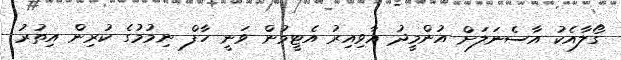
ގޯލާއެކު އާސެނަލަށް އުންމީދު އާވިއިރު އެޓީމުން ވަނީ ހާފް ނިމުމުގެ ކުރިން އިތުރު